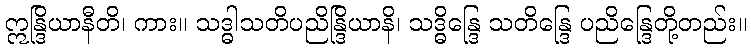
ဣန္ဒြိယာနီတိ၊ ကား။ သဒ္ဓါသတိပညိန္ဒြိယာနိ၊ သဒ္ဓိန္ဒြေ သတိန္ဒြေ ပညိန္ဒြေတို့တည်း။